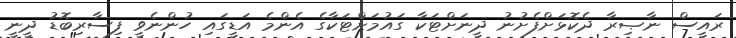
ރައީސް ނާޞިރާ ދެކޮޅަށްފެށުނު ދީނަށްޓަކާ ގައުމަށްޓަކާގެ އެންމެ އަޑީގައި ހުންނެވީ ފިސާރިބޮޑު ދީނީ